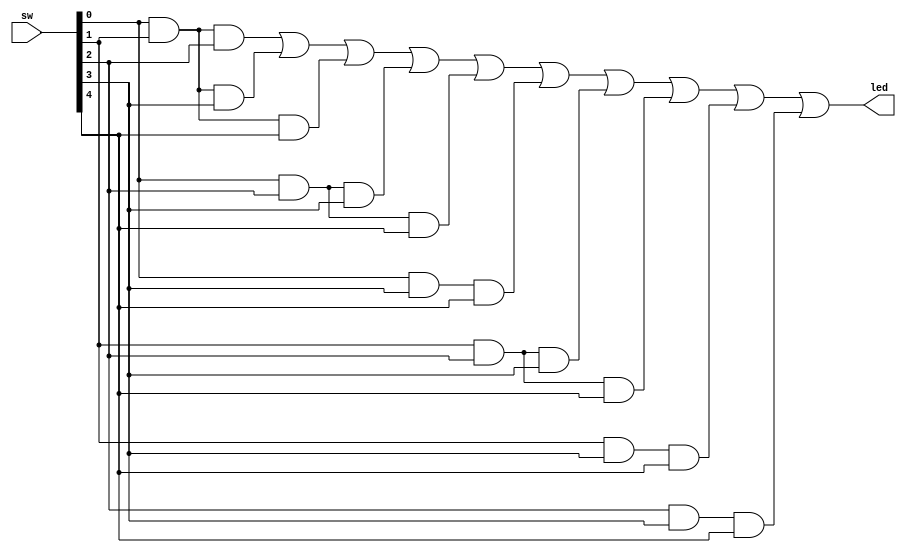
`timescale 1ns / 1ps
//////////////////////////////////////////////////////////////////////////////////
// Company: 
// Engineer: 
// 
// Design Name: 
// Module Name: majority_of_five
// Project Name: 
// Target Devices: 
// Tool Versions: 
// Description: 
// 
// Dependencies: 
// 
// Revision:
// Revision 0.01 - File Created
// Additional Comments:
// 
//////////////////////////////////////////////////////////////////////////////////
module majority_of_five(input [4:0] sw, output led);

assign led =	(sw[0] & sw[1] & sw[2]) | //ABC
		(sw[0] & sw[1] & sw[3]) | //ABD
		(sw[0] & sw[1] & sw[4]) | //ABE
		(sw[0] & sw[2] & sw[3]) | //ACD
		(sw[0] & sw[2] & sw[4]) | //ACE
		(sw[0] & sw[3] & sw[4]) | //ADE
		(sw[1] & sw[2] & sw[3]) | //BCD
		(sw[1] & sw[2] & sw[4]) | //BCE
		(sw[1] & sw[3] & sw[4]) | //BDE
		(sw[2] & sw[3] & sw[4]);  //CDE
endmodule